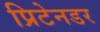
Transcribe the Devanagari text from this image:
प्रिटेनडर